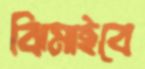
ঝিমাইবে